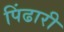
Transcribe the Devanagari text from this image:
पिंढारी